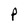
Character: P